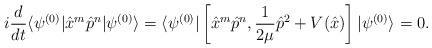
LaTeX: \begin{align*}i\frac{d}{dt} \langle \psi^{(0)}|\hat x^m\hat p^n|\psi^{(0)}\rangle= \langle \psi^{(0)}|\left[ \hat x^m\hat p^n, \frac{1}{2\mu} \hat p^2+V(\hat x )\right]|\psi^{(0)}\rangle=0.\end{align*}